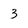
Character: 3